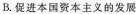
B.促进本国资本主义的发展